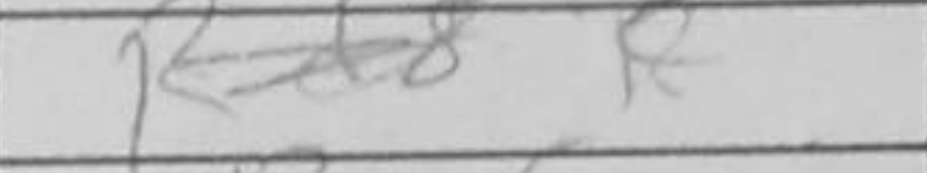
Transcription: Rd8